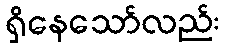
ရှိနေသော်လည်း